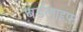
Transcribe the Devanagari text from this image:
बर्डलाइफ़